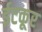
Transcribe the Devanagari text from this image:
ईटकूर